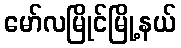
မော်လမြိုင်မြို့နယ်